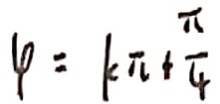
4 = k \pi + \frac { \pi } { 4 }